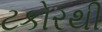
ટકોરથી